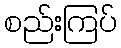
စည်းကြပ်